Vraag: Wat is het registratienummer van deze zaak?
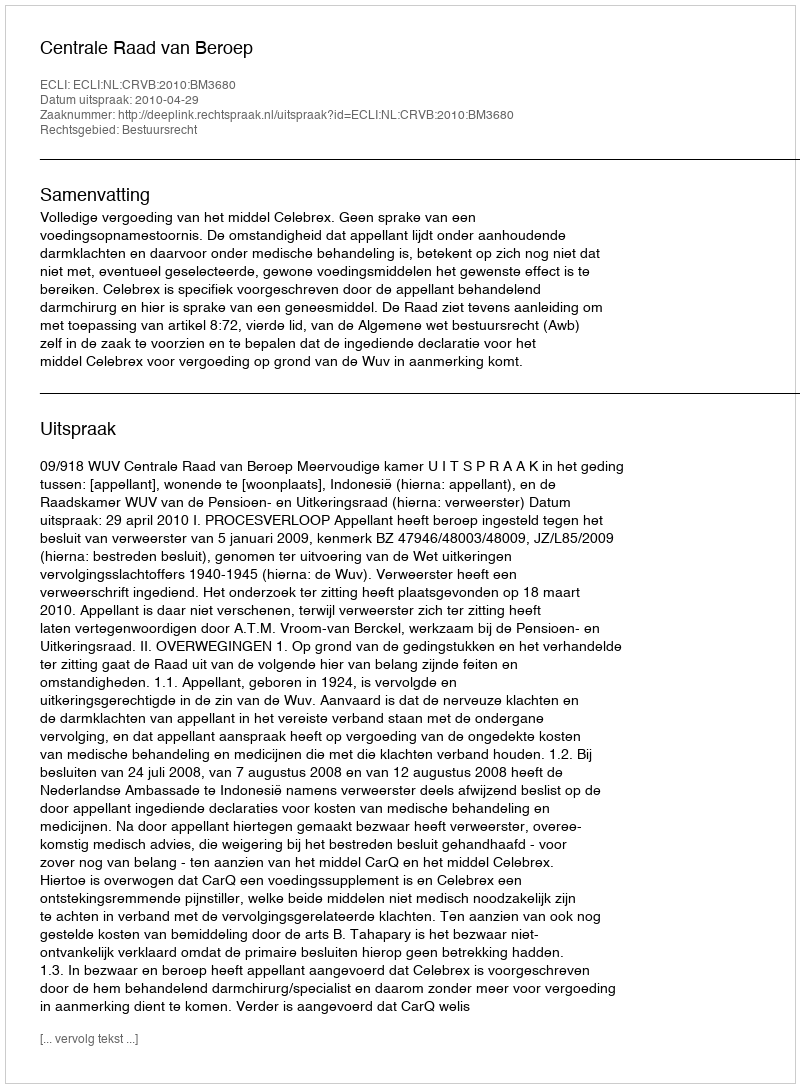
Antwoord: http://deeplink.rechtspraak.nl/uitspraak?id=ECLI:NL:CRVB:2010:BM3680